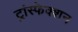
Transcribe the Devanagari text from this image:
ट्रांस्फेक्शन